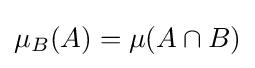
\mu _{B}(A)=\mu (A\cap B)